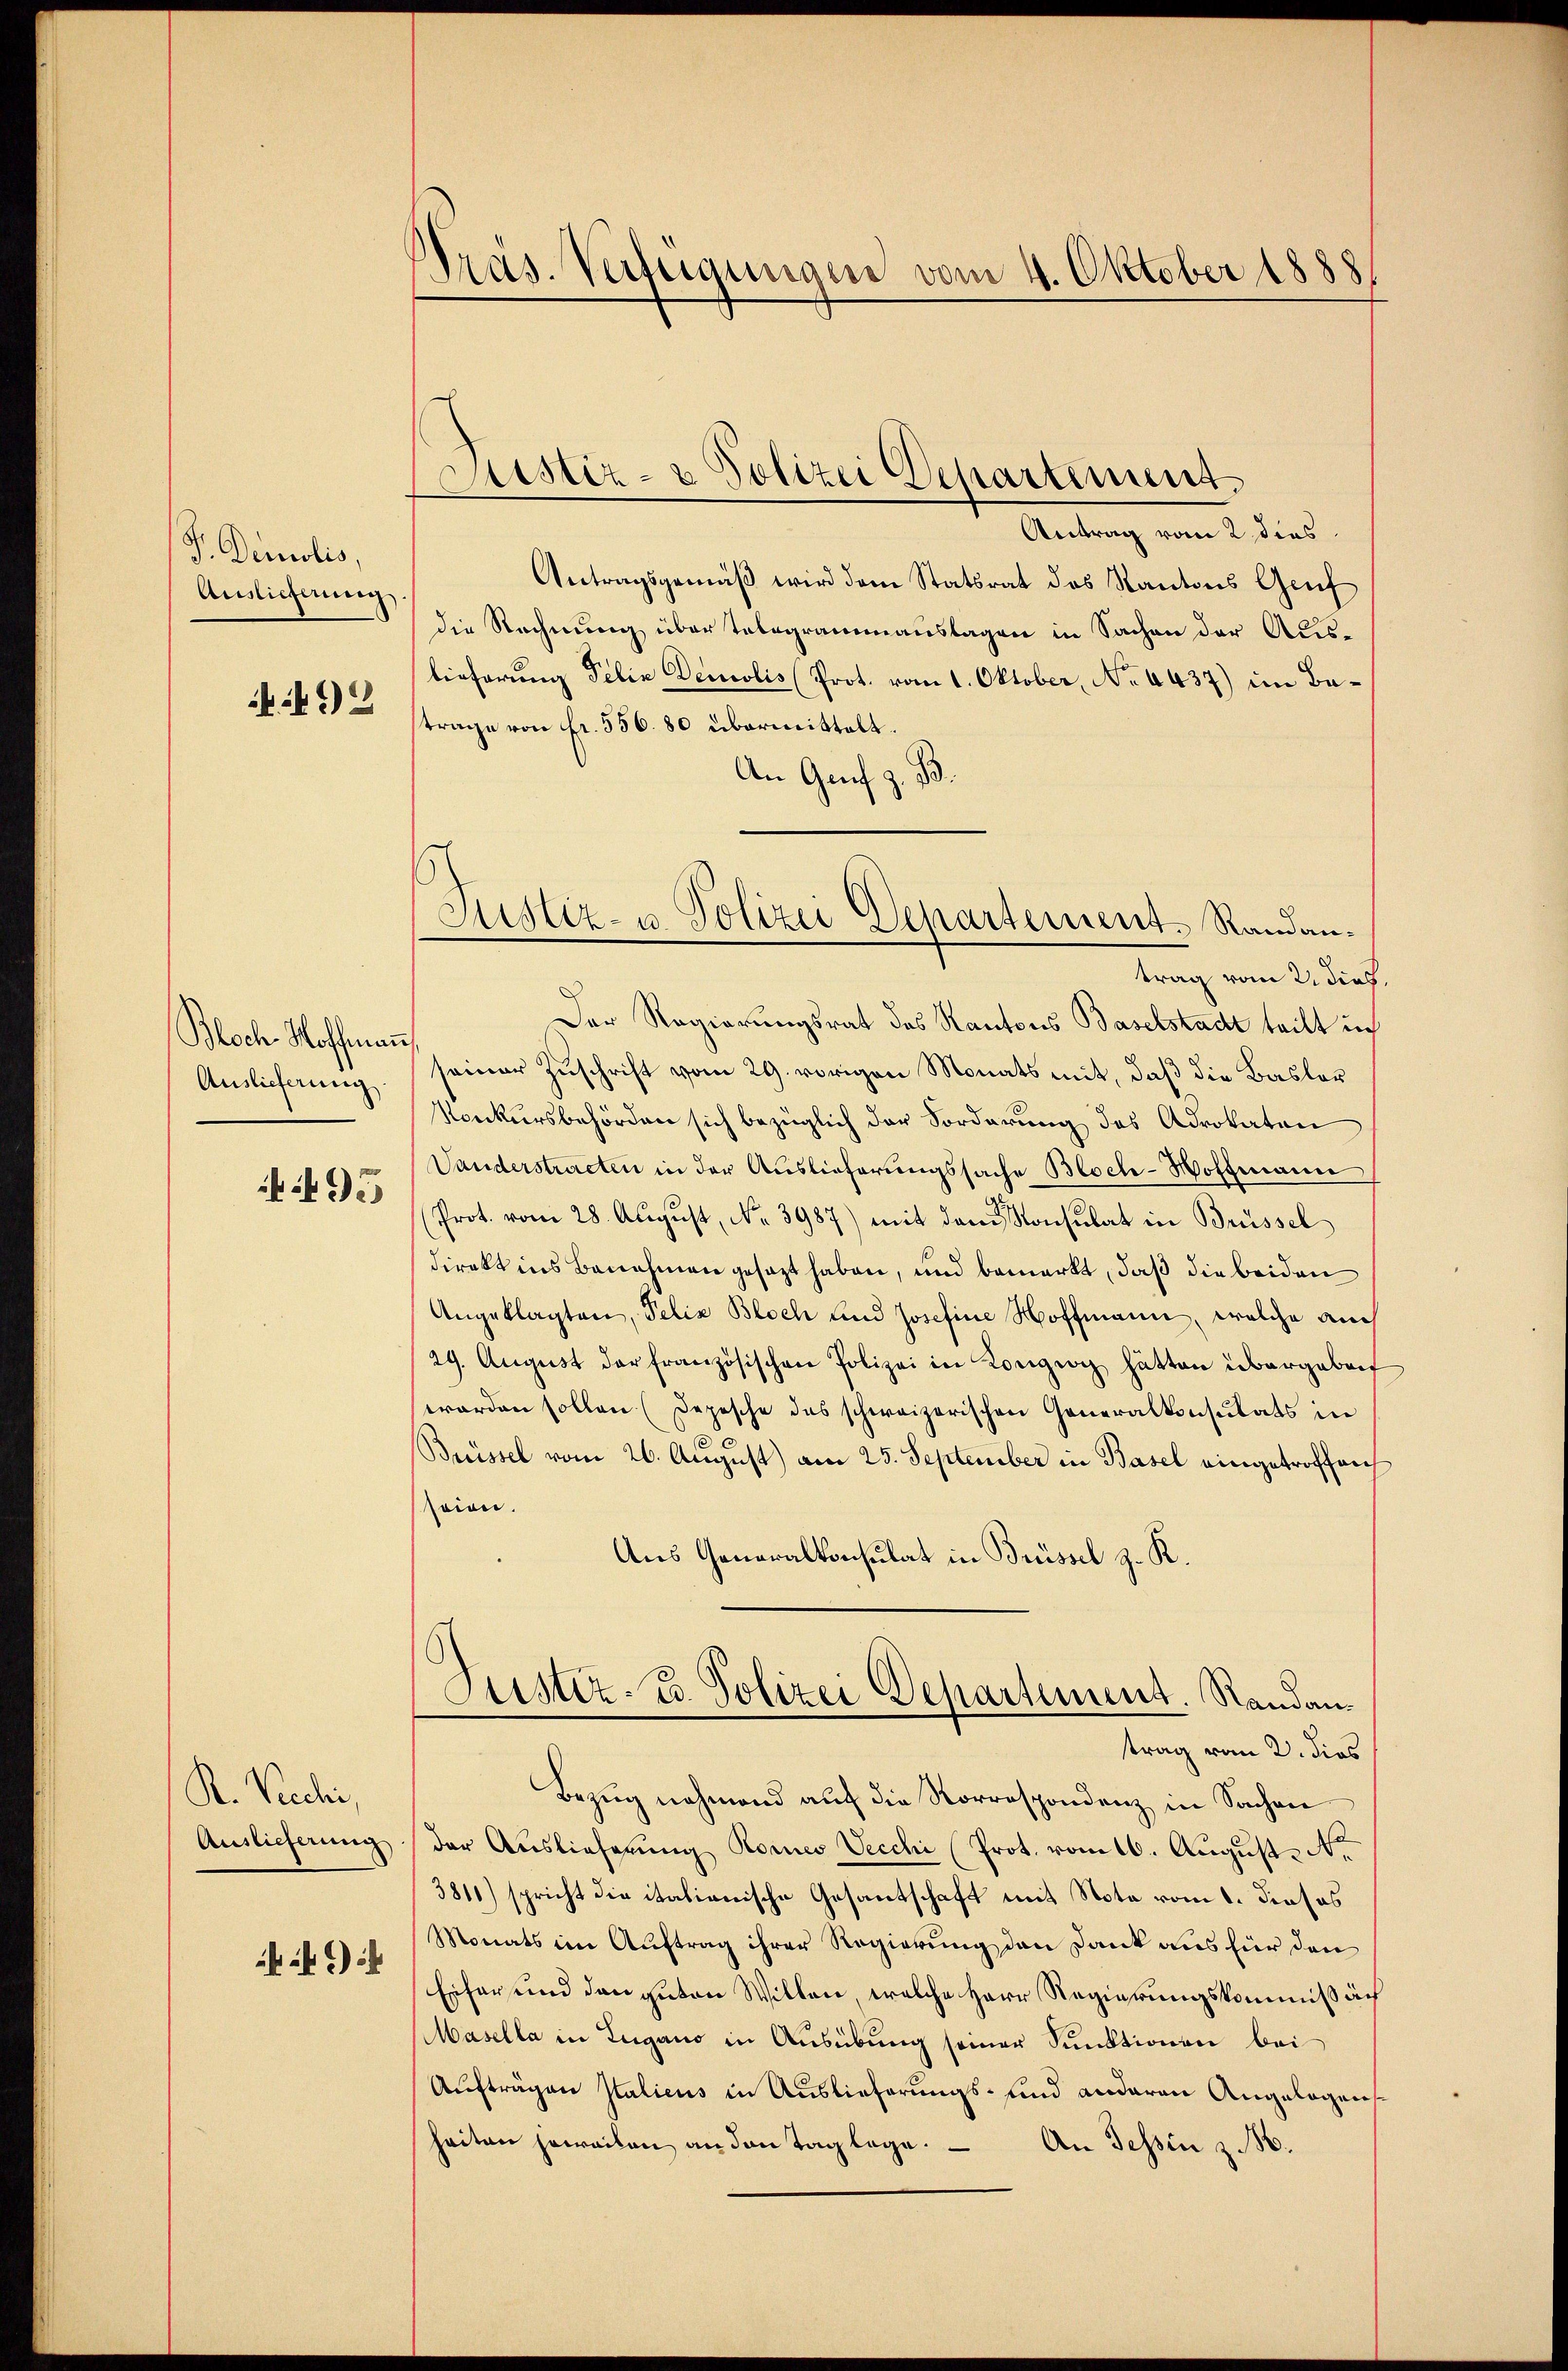
P. Derotis,
Auslicherung
492

Bloch Hoffmann
Auslieferung.

95

R. Rechi,
Auslieferung

Präs. Verfügungen vom 4. Oktober 1888.

Justiz- & Polizei Departement.

Justiz- u. Polizei Departement Randantrag vom 2. dies.

Antrag vom 2. dies
Antragsgemäß wird dem Statsrat des Kantons Genf
die Rechnung über Telegrammauslagen in Sachen der Auslieferung Felix Demolis (Prot. vom 1. Oktober, No 6437) im Betrage von Fr. 556. 80 übermittelt.
An Genf z. B.
Der Regierungsrat des Kantons Baselstadt teilt ich
seiner Zuschrift vom 29. vorigen Monats mit, daß die Basler
Konkursbehörden sich bezüglich der Forderung des Advokaten
Vanderstracten in der Auslieferungssache Bloch-Hoffmann
Prot. vom 28. Aŭgŭst No. 3987) mit dem Konsulat in Brüssel
direkt ins Benehmen gesezt haben, und bemerkt, daß die beiden
Angeklagten, Felix Bloch und Josefine Hoffmann, welche auch
29. August der französischen Polizei in Korgio hätten übergebenf
worden sollen (Depesche das schweizerischen Generalkonsulats in
Brüssel vom 26. August) am 25. September in Basel eingetroffenh
srion.
Aus Generalkonsulat in Brüssel z. R.
Justiz- u. Polizei Departement. Randantrag vom 2. dies
Bezŭg nehmend aŭf die Korrespondenz in Sachen
der Auslieferung Kornes Vecchi (Prot. vom 16. August. No
3811) spricht die italienische Gesantschaft mit Nota vom 1. dieses
Monats im Auftrag ihrer Regierung den Dank aus für den
Eifer und den guten Willen, welche Herr Regierungskommißäch
asella in Lugano in Ausübung seiner Punktionen bei
Aufträgen Italicus in Auslieferungs- und anderen Angelegen
heiten jeweilen an den Tag lege.
An Tessin z. 86.